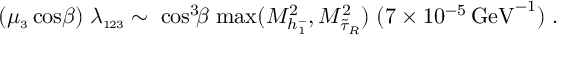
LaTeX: ( \mu _ { \scriptscriptstyle 3 } \cos \! \beta ) \; \lambda _ { \scriptscriptstyle 1 \! 2 3 } \sim \; { \cos ^ { 3 } \! \! \beta } \; { \mathrm { m a x } ( M _ { h _ { \scriptscriptstyle 1 } ^ { \mathrm { - } } } ^ { 2 } , M _ { \tilde { \tau } _ { R } } ^ { 2 } ) } \; ( 7 \times 1 0 ^ { - 5 } \, \mathrm { G e V } ^ { - 1 } ) \; .